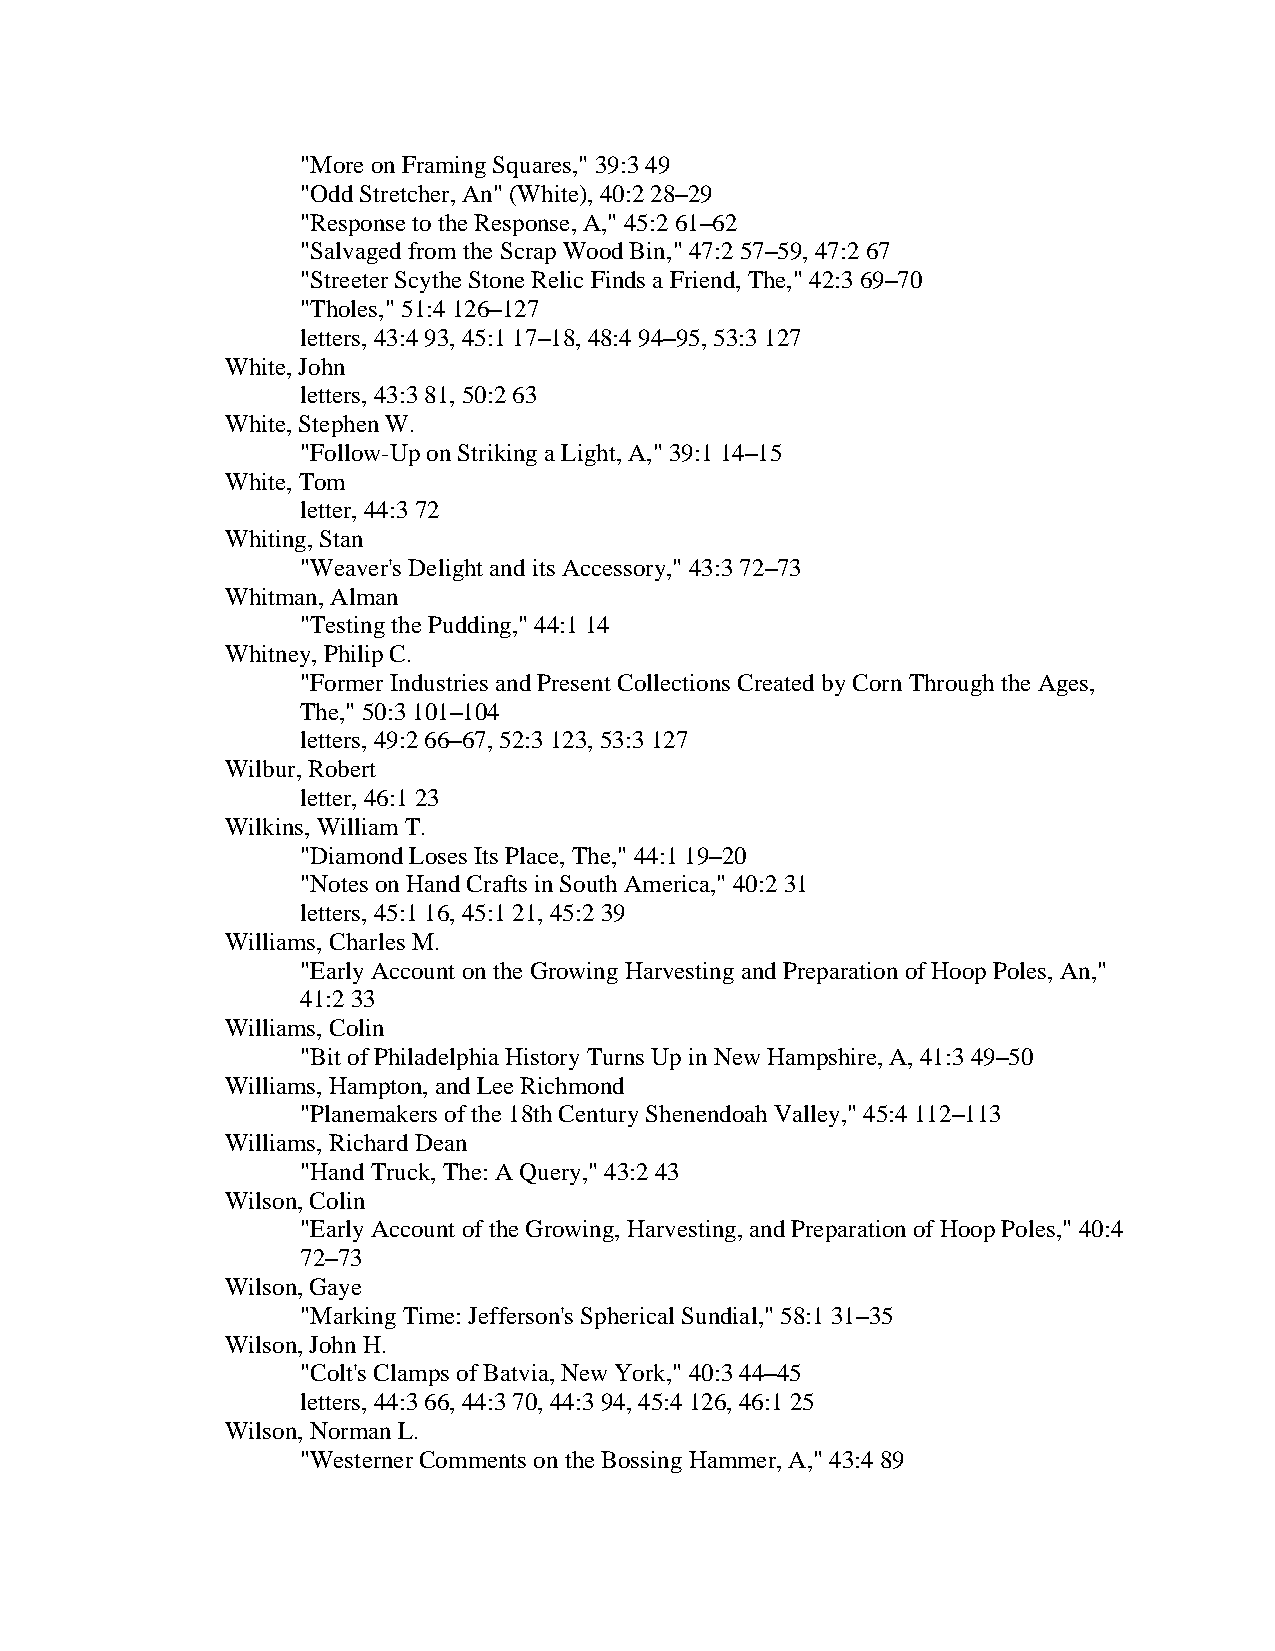
"More on Framing Squares," 39:3 49
 "Odd Stretcher, An" (White), 40:2 28–29
 "Response to the Response, A," 45:2 61–62
 "Salvaged from the Scrap Wood Bin," 47:2 57–59, 47:2 67
 "Streeter Scythe Stone Relic Finds a Friend, The," 42:3 69–70
 "Tholes," 51:4 126–127
 letters, 43:4 93, 45:1 17–18, 48:4 94–95, 53:3 127
 White, John
 letters, 43:3 81, 50:2 63
 White, Stephen W.
 "Follow-Up on Striking a Light, A," 39:1 14–15
 White, Tom
 letter, 44:3 72
 Whiting, Stan
 "Weaver's Delight and its Accessory," 43:3 72–73
 Whitman, Alman
 "Testing the Pudding," 44:1 14
 Whitney, Philip C.
 "Former Industries and Present Collections Created by Corn Through the Ages,
 The," 50:3 101–104
 letters, 49:2 66–67, 52:3 123, 53:3 127
 Wilbur, Robert
 letter, 46:1 23
 Wilkins, William T.
 "Diamond Loses Its Place, The," 44:1 19–20
 "Notes on Hand Crafts in South America," 40:2 31
 letters, 45:1 16, 45:1 21, 45:2 39
 Williams, Charles M.
 "Early Account on the Growing Harvesting and Preparation of Hoop Poles, An,"
 41:2 33
 Williams, Colin
 "Bit of Philadelphia History Turns Up in New Hampshire, A, 41:3 49–50
 Williams, Hampton, and Lee Richmond
 "Planemakers of the 18th Century Shenendoah Valley," 45:4 112–113
 Williams, Richard Dean
 "Hand Truck, The: A Query," 43:2 43
 Wilson, Colin
 "Early Account of the Growing, Harvesting, and Preparation of Hoop Poles," 40:4
 72–73
 Wilson, Gaye
 "Marking Time: Jefferson's Spherical Sundial," 58:1 31–35
 Wilson, John H.
 "Colt's Clamps of Batvia, New York," 40:3 44–45
 letters, 44:3 66, 44:3 70, 44:3 94, 45:4 126, 46:1 25
 Wilson, Norman L.
 "Westerner Comments on the Bossing Hammer, A," 43:4 89